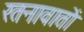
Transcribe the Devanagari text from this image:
रतनावातों